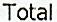
TOTAL